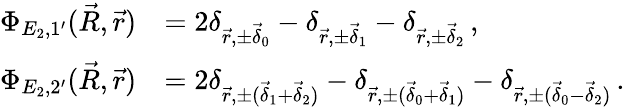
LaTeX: \begin{array}{rl}{\Phi_{E_{2},1^{\prime}}(\vec{R},\vec{r})}&{=2\delta_{\vec{r},\pm\vec{\delta}_{0}}-\delta_{\vec{r},\pm\vec{\delta}_{1}}-\delta_{\vec{r},\pm\vec{\delta}_{2}}\, \mathrm{,}}\\ {\Phi_{E_{2},2^{\prime}}(\vec{R},\vec{r})}&{=2\delta_{\vec{r},\pm(\vec{\delta}_{1}+\vec{\delta}_{2})}-\delta_{\vec{r},\pm(\vec{\delta}_{0}+\vec{\delta}_{1})}-\delta_{\vec{r},\pm(\vec{\delta}_{0}-\vec{\delta}_{2})}\, \mathrm{.}}\end{array}